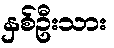
နှစ်ဦးသား